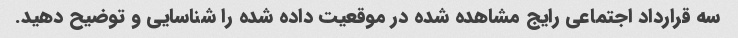
سه قرارداد اجتماعی رایج مشاهده شده در موقعیت داده شده را شناسایی و توضیح دهید.